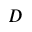
D